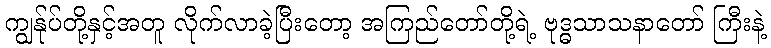
ကျွန်ုပ်တို့နှင့်အတူ လိုက်လာခဲ့ပြီးတော့ အကြည်တော်တို့ရဲ့ ဗုဒ္ဓသာသနာတော် ကြီးနဲ့